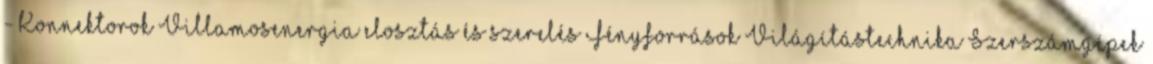
- Konnektorok Villamosenergia elosztás és szerelés Fényforrások Világítástechnika Szerszámgépek